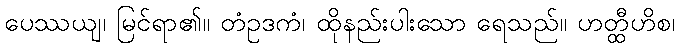
ပေဿယျ၊ မြင်ရာ၏။ တံဥဒကံ၊ ထိုနည်းပါးသော ရေသည်။ ဟတ္ထီဟိစ၊